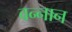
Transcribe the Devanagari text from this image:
वन्नान